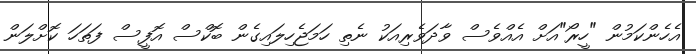
އެހެންކަމުން "ހީރޯ"އަށް އެއްވެސް ވާދަވެރިއަކު ނެތި ހަމަޖެހިލައިގެން ބޮކްސް އޮފީސް ފަތަހަ ކޮށްލަން